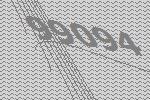
99094